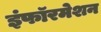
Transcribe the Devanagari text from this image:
इंफॉरमेशन